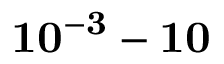
\mathbf { 1 0 ^ { - 3 } - 1 0 }